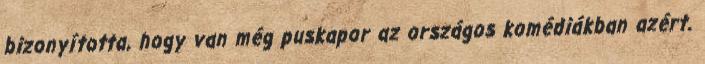
bizonyította, hogy van még puskapor az országos komédiákban azért.